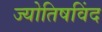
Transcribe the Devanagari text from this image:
ज्योतिषविंद